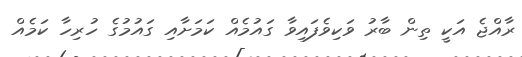
ރާއްޖެ އަކީ ތިން ބާރު ވަކިވެފައިވާ ގައުމެއް ކަމަށާއި ގައުމުގެ ހުރިހާ ކަމެއް